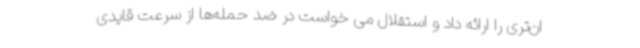
ان‌تری را ارائه داد و استقلال می خواست در ضد حمله‌ها از سرعت قایدی